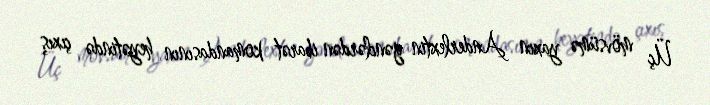
Üç mövsümə yaxın Anderlextin gənclərdən ibarət komandasının heyətində çıxış